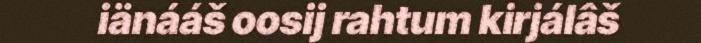
iänááš oosij rahtum kirjálâš